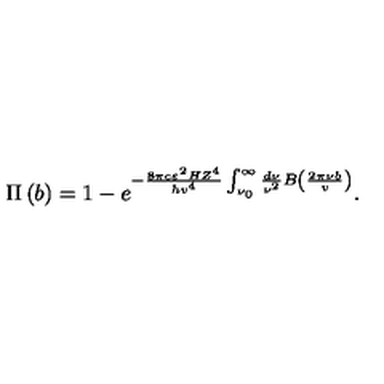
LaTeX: \Pi \left( b \right) = 1 - e ^ { - \frac { 8 \pi c \varepsilon ^ { 2 } H Z ^ { 4 } } { h v ^ { 4 } } \int _ { \nu _ { 0 } } ^ { \infty } { \frac { d \nu } { \nu ^ { 2 } } } B \left( { \frac { 2 \pi \nu b } { v } } \right) } .